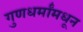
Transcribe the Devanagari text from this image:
गुणधर्मांमधून